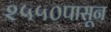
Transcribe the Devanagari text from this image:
२५५०पासून